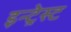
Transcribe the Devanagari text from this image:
इन्ट्रेस्ट